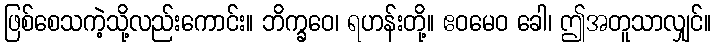
ဖြစ်စေသကဲ့သို့လည်းကောင်း။ ဘိက္ခဝေ၊ ရဟန်းတို့။ ဧဝမေဝ ခေါ၊ ဤအတူသာလျှင်။